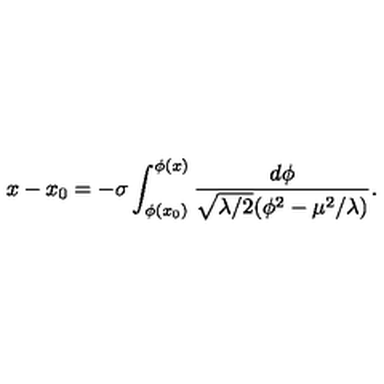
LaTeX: x - x _ { 0 } = - \sigma \int _ { \phi ( x _ { 0 } ) } ^ { \phi ( x ) } \frac { d \phi } { \sqrt { \lambda / 2 } ( \phi ^ { 2 } - \mu ^ { 2 } / \lambda ) } .